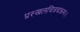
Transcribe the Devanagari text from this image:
प्रस्खलचित्रचंक्रमः।